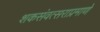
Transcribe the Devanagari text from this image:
शकसंवत्सराप्रमाणे